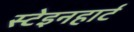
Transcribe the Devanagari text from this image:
स्टेइनहार्ट